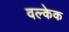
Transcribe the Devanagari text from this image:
वल्केक